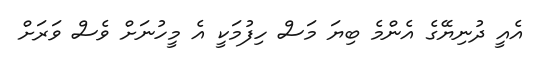
އެއީ ދުނިޔޭގެ އެންމެ ބިޔަ މަސް ހިފުމަކީ އެ މީހުނަށް ވެސް ވަރަށް